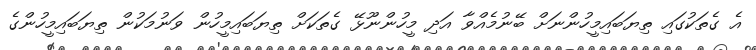
އެ ގެތަކުގައި ތިޔަބައިމީހުންނަށް ބޭނުމެއްވާ އަދި މީހުންނޫޅޭ ގެތަކަށް ތިޔަބައިމީހުން ވަނުމަކުން ތިޔަބައިމީހުންގެ